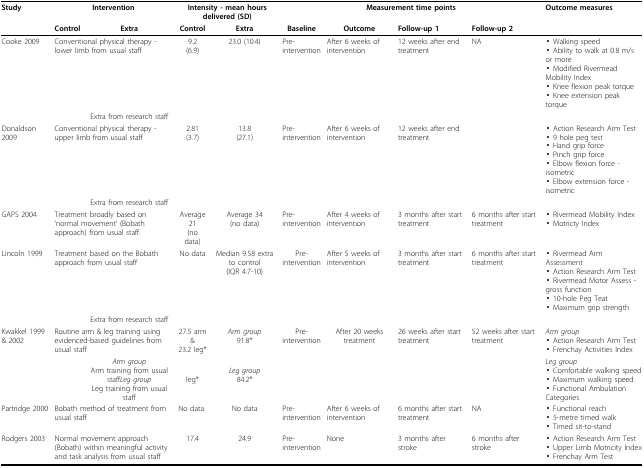
<table><thead><tr><td><b>Study</b></td><td colspan="2"><b>Intervention</b></td><td colspan="2"><b>Intensity - mean hours delivered (SD)</b></td><td colspan="4"><b>Measurement time points</b></td><td><b>Outcome measures</b></td></tr><tr><td></td><td><b>Control</b></td><td><b>Extra</b></td><td><b>Control</b></td><td><b>Extra</b></td><td><b>Baseline</b></td><td><b>Outcome</b></td><td><b>Follow-up 1</b></td><td><b>Follow-up 2</b></td><td></td></tr></thead><tbody><tr><td>Cooke 2009</td><td colspan="2">Conventional physical therapy - lower limb from usual staff</td><td>9.2(6.9)</td><td>23.0 (10.4)</td><td>Pre-intervention</td><td>After 6 weeks of intervention</td><td>12 weeks after end treatment</td><td>NA</td><td>▪ Walking speed▪ Ability to walk at 0.8 m/s or more▪ Modified Rivermead Mobility Index▪ Knee flexion peak torque▪ Knee extension peak torque</td></tr><tr><td></td><td></td><td>Extra from research staff</td><td></td><td></td><td></td><td></td><td></td><td></td><td></td></tr><tr><td>Donaldson 2009</td><td colspan="2">Conventional physical therapy - upper limb from usual staff</td><td>2.81(3.7)</td><td>13.8(27.1)</td><td>Pre-intervention</td><td>After 6 weeks of intervention</td><td>12 weeks after end treatment</td><td></td><td>▪ Action Research Arm Test▪ 9 hole peg test▪ Hand grip force▪ Pinch grip force▪ Elbow flexion force - isometric▪ Elbow extension force - isometric</td></tr><tr><td></td><td></td><td>Extra from research staff</td><td></td><td></td><td></td><td></td><td></td><td></td><td></td></tr><tr><td>GAPS 2004</td><td colspan="2">Treatment broadly based on &#x27;normal movement&#x27; (Bobath approach) from usual staff.</td><td>Average 21(no data)</td><td>Average 34(no data)</td><td>Pre-intervention</td><td>After 4 weeks of intervention</td><td>3 months after start treatment</td><td>6 months after start treatment</td><td>▪ Rivermead Mobility Index▪ Motricty Index</td></tr><tr><td>Lincoln 1999</td><td colspan="2">Treatment based on the Bobath approach from usual staff</td><td>No data</td><td>Median 9.58 extra to control(IQR 4.7-10)</td><td>Pre-intervention</td><td>After 5 weeks of intervention</td><td>3 months after start treatment</td><td>6 months after start treatment</td><td>▪ Rivermead Arm Assessment▪ Action Research Arm Test▪ Rivermead Motor Assess - gross function▪ 10-hole Peg Teat▪ Maximum grip strength</td></tr><tr><td></td><td></td><td>Extra from research staff</td><td></td><td></td><td></td><td></td><td></td><td></td><td></td></tr><tr><td>Kwakkel 1999 &amp; 2002</td><td colspan="2">Routine arm &amp; leg training using evidenced-based guidelines from usual staff</td><td>27.5 arm&amp;23.2 leg*</td><td><i>Arm group</i>91.8*</td><td>Pre-intervention</td><td>After 20 weeks treatment</td><td>26 weeks after start treatment</td><td>52 weeks after start treatment</td><td><i>Arm group</i>▪ Action Research Arm Test▪ Frenchay Activities Index</td></tr><tr><td></td><td></td><td><i>Arm group</i>Arm training from usual staff<i>Leg group</i>Leg training from usual staff</td><td>leg*</td><td><i>Leg group</i>84.2*</td><td></td><td></td><td></td><td></td><td><i>Leg group</i>▪ Comfortable walking speed▪ Maximum walking speed▪ Functional Ambulation Categories</td></tr><tr><td>Partridge 2000</td><td colspan="2">Bobath method of treatment from usual staff</td><td>No data</td><td>No data</td><td>Pre-intervention</td><td>After 6 weeks of intervention</td><td>6 months after start treatment</td><td>NA</td><td>▪ Functional reach▪ 5-metre timed walk▪ Timed sit-to-stand</td></tr><tr><td>Rodgers 2003</td><td colspan="2">Normal movement approach (Bobath) within meaningful activity and task analysis from usual staff</td><td>17.4</td><td>24.9</td><td>Pre-intervention</td><td>None</td><td>3 months after stroke</td><td>6 months after stroke</td><td>▪ Action Research Arm Test▪ Upper Limb Motricity Index▪ Frenchay Arm Test</td></tr></tbody></table>